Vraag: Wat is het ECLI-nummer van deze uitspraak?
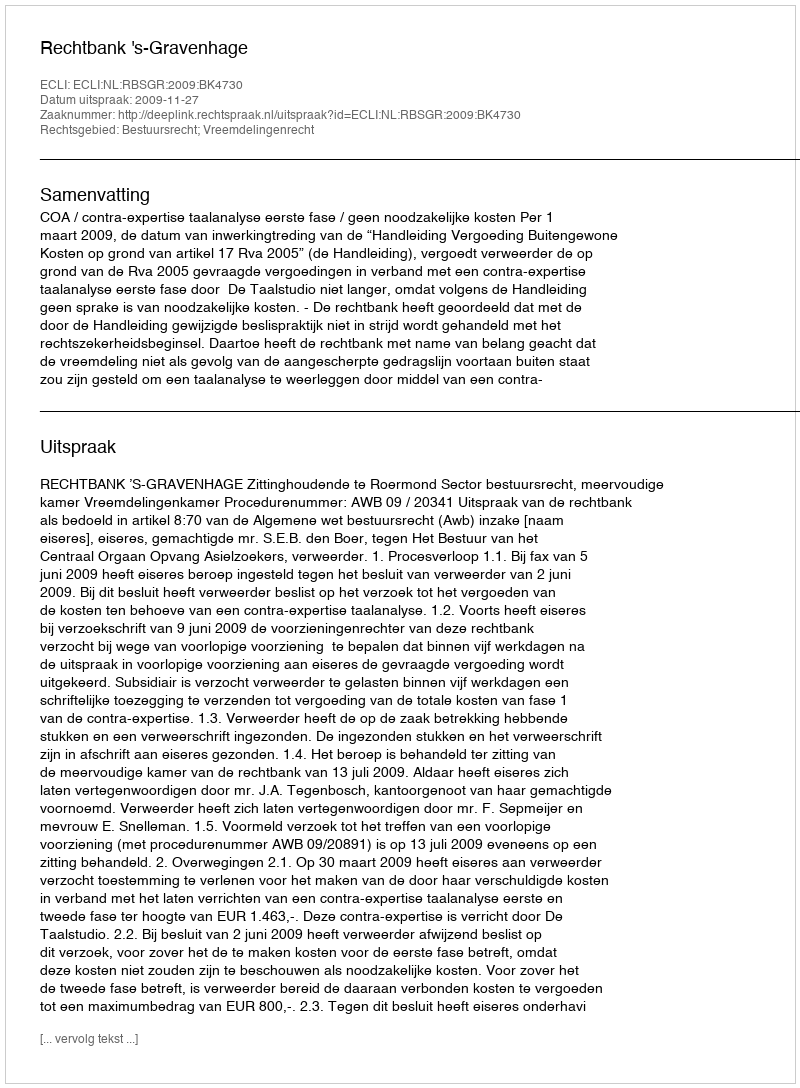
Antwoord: ECLI:NL:RBSGR:2009:BK4730